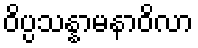
ဝိပ္ပသန္နာမနာဝိလာ